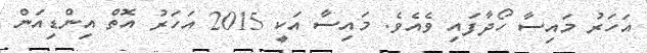
އަހަރު މައިސާ ހޯދާފައި ވެއެވެ. މައިސާ އަކީ 2015 އަހަރު އޮތް އިންޑިއަން